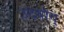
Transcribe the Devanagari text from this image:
उदयोग्